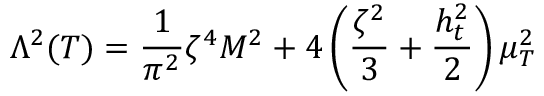
\Lambda ^ { 2 } ( T ) = \frac { 1 } { \pi ^ { 2 } } \zeta ^ { 4 } M ^ { 2 } + 4 \left( \frac { \zeta ^ { 2 } } { 3 } + \frac { h _ { t } ^ { 2 } } { 2 } \right) \mu _ { T } ^ { 2 }